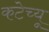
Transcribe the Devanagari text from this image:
कटेच्यू